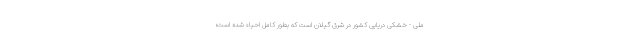
ملی - خشکی دریایی کشور در شرق گیلان است که بطور کامل احیاء شده است؛